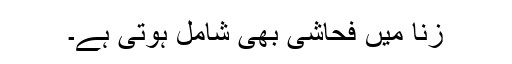
زنا میں فحاشی بھی شامل ہوتی ہے۔